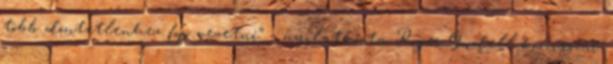
több döntetlenhez fog vezetni” – nyilatkozta Roger Goodell komisszár.